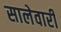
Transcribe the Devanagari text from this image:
सालेवारी